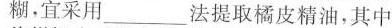
糊，宜采用___法提取橘皮精油，其中